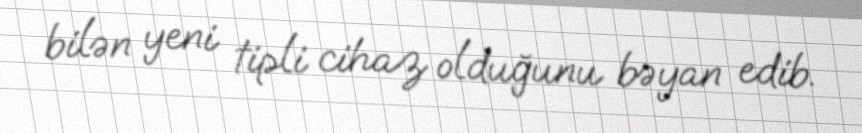
bilən yeni tipli cihaz olduğunu bəyan edib.